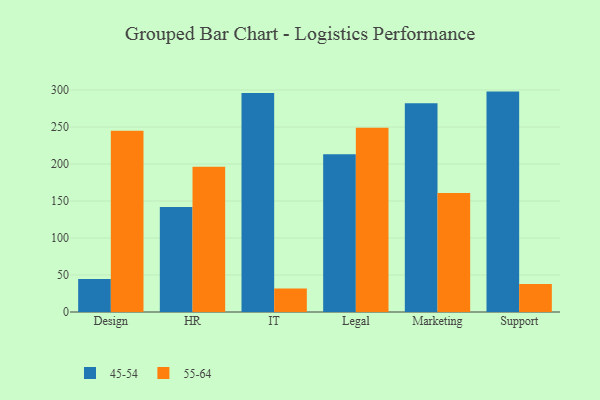
{"axis": {"x": "Department", "y": "Population (Million)"}, "legend": ["45-54", "55-64"], "data": [{"x": "Design", "y": 44.5, "type": "45-54"}, {"x": "Design", "y": 244.9, "type": "55-64"}, {"x": "HR", "y": 142.0, "type": "45-54"}, {"x": "HR", "y": 196.4, "type": "55-64"}, {"x": "IT", "y": 295.9, "type": "45-54"}, {"x": "IT", "y": 31.7, "type": "55-64"}, {"x": "Legal", "y": 213.3, "type": "45-54"}, {"x": "Legal", "y": 249.2, "type": "55-64"}, {"x": "Marketing", "y": 282.1, "type": "45-54"}, {"x": "Marketing", "y": 160.7, "type": "55-64"}, {"x": "Support", "y": 297.9, "type": "45-54"}, {"x": "Support", "y": 38.0, "type": "55-64"}]}